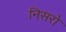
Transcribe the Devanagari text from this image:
निसरो